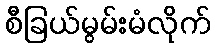
စီခြယ်မွမ်းမံလိုက်